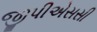
જીપીએસસી